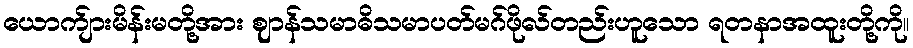
ယောက်ျားမိန်းမတို့အား ဈာန်သမာဓိသမာပတ်မဂ်ဖိုလ်တည်းဟူသော ရတနာအထူးတို့ကို။